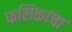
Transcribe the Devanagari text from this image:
फलिकांचा